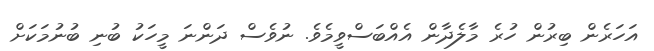
އަހަރެން ބިރުން ހުރެ މާލެދާން އެއްބަސްވީމެވެ. ނުވެސް ދަންނަ މީހަކު ބުނި ބުނުމަކަށް